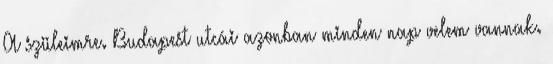
A szüleimre. Budapest utcái azonban minden nap velem vannak.